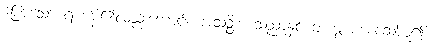
ပြောသော ရဟန်း၏လည်းကောင်း။ အသဉ္စိစ္စ၊ သညာနှင့် တကွ မစေ့ဆော်မူ၍။